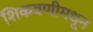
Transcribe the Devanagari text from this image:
शिकवणीमधून